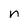
Character: n